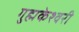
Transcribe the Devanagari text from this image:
गुह्मकेश्वरी